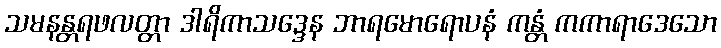
သမနန္တရဖလတ္တာ ဒါရိကာသဒ္ဒေန ဘာရမောရောပနံ ကန္တံ ကကာရာဒေသော